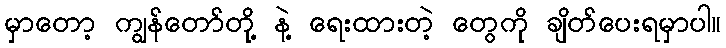
မှာတော့ ကျွန်တော်တို့ နဲ့ ရေးထားတဲ့ တွေကို ချိတ်ပေးရမှာပါ။